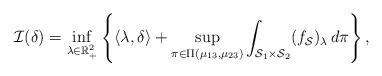
LaTeX: \begin{align*}\mathcal{I}(\delta) = \inf_{\lambda \in \mathbb{R}^2_+} \left\{ \langle \lambda, \delta \rangle + \sup_{\pi \in \Pi(\mu_{13}, \mu_{23} )} \int_{\mathcal{S}_1 \times \mathcal{S}_2 } (f_\mathcal{S} )_\lambda \, d\pi \right\},\end{align*}